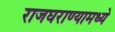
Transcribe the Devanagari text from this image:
राजघराण्यामध्ये